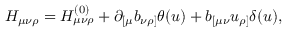
H _ { \mu \nu \rho } = H _ { \mu \nu \rho } ^ { ( 0 ) } + \partial _ { [ \mu } b _ { \nu \rho ] } \theta ( u ) + b _ { [ \mu \nu } u _ { \rho ] } \delta ( u ) ,